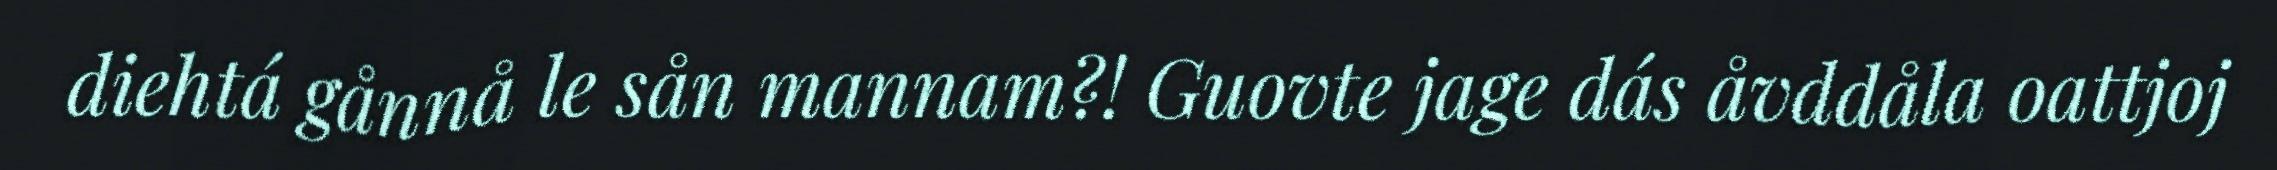
diehtá gånnå le sån mannam?! Guovte jage dás åvddåla oattjoj